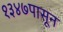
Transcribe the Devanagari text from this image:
१३४७पासून